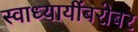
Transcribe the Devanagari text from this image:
स्वाध्यायींबरोबर